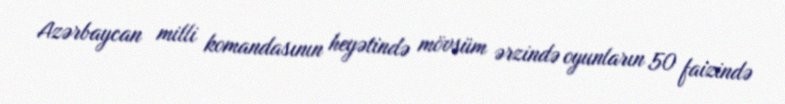
Azərbaycan milli komandasının heyətində mövsüm ərzində oyunların 50 faizində